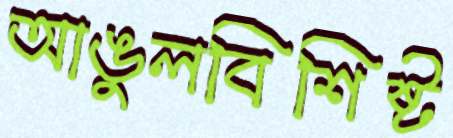
আঙুলবিশিষ্ট